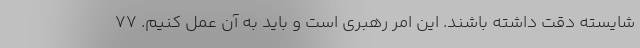
شایسته دقت داشته باشند. این امر رهبری است و باید به آن عمل کنیم. ۷۷